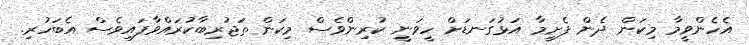
އެހެންވީމާ މިކަން ދެން ފެށީމާ އަޅުގަނޑަށް ހީވަނީ ކުރިންވެސް މިކަން ތަޖުރިބާކުރައްވާފައިވެސް އެބަހުރި.